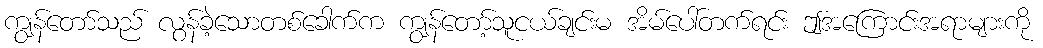
ကျွန်တော်သည် လွန်ခဲ့သောတစ်ခေါက်က ကျွန်တော့်သူငယ်ချင်းမ အိမ်ပေါ်တက်ရင်း ဤအကြောင်းအရာများကို